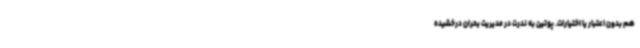
هم بدون اعتبار یا اختیارات. پوتین به ندرت در مدیریت بحران درخشیده